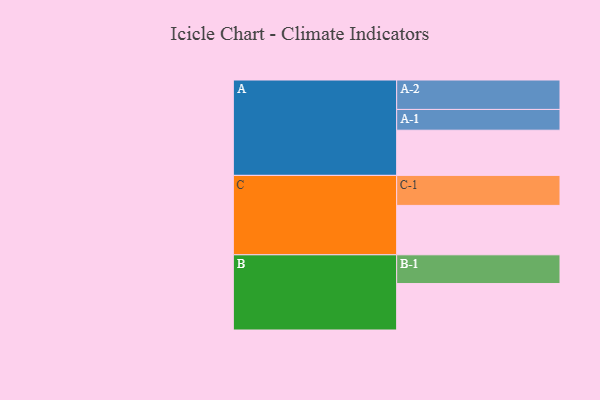
{"axis": {"x": "Segment", "y": "Value"}, "legend": ["", "A", "B", "C"], "data": [{"x": "A", "y": 396, "type": ""}, {"x": "B", "y": 407, "type": ""}, {"x": "C", "y": 433, "type": ""}, {"x": "A-1", "y": 182, "type": "A"}, {"x": "A-2", "y": 258, "type": "A"}, {"x": "B-1", "y": 252, "type": "B"}, {"x": "C-1", "y": 263, "type": "C"}]}